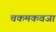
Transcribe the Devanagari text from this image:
चकमकवजा